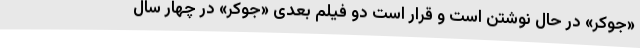
«جوکر» در حال نوشتن است و قرار است دو فیلم بعدی «جوکر» در چهار سال